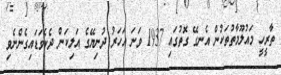
ތާރީހީ މައުލޫމާތުތަކުން އެނގޭ ގޮތުގައި 1937 ވަނަ އަހަރު ދުނިޔޭގެ އަލިކަން ދެކެވަޑައިގެންނެވި